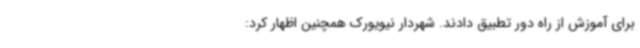
برای آموزش از راه دور تطبیق دادند. شهردار نیویورک همچنین اظهار کرد: